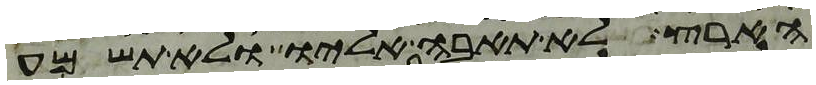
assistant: הארץ לא תאבה אליו ולא תשמע